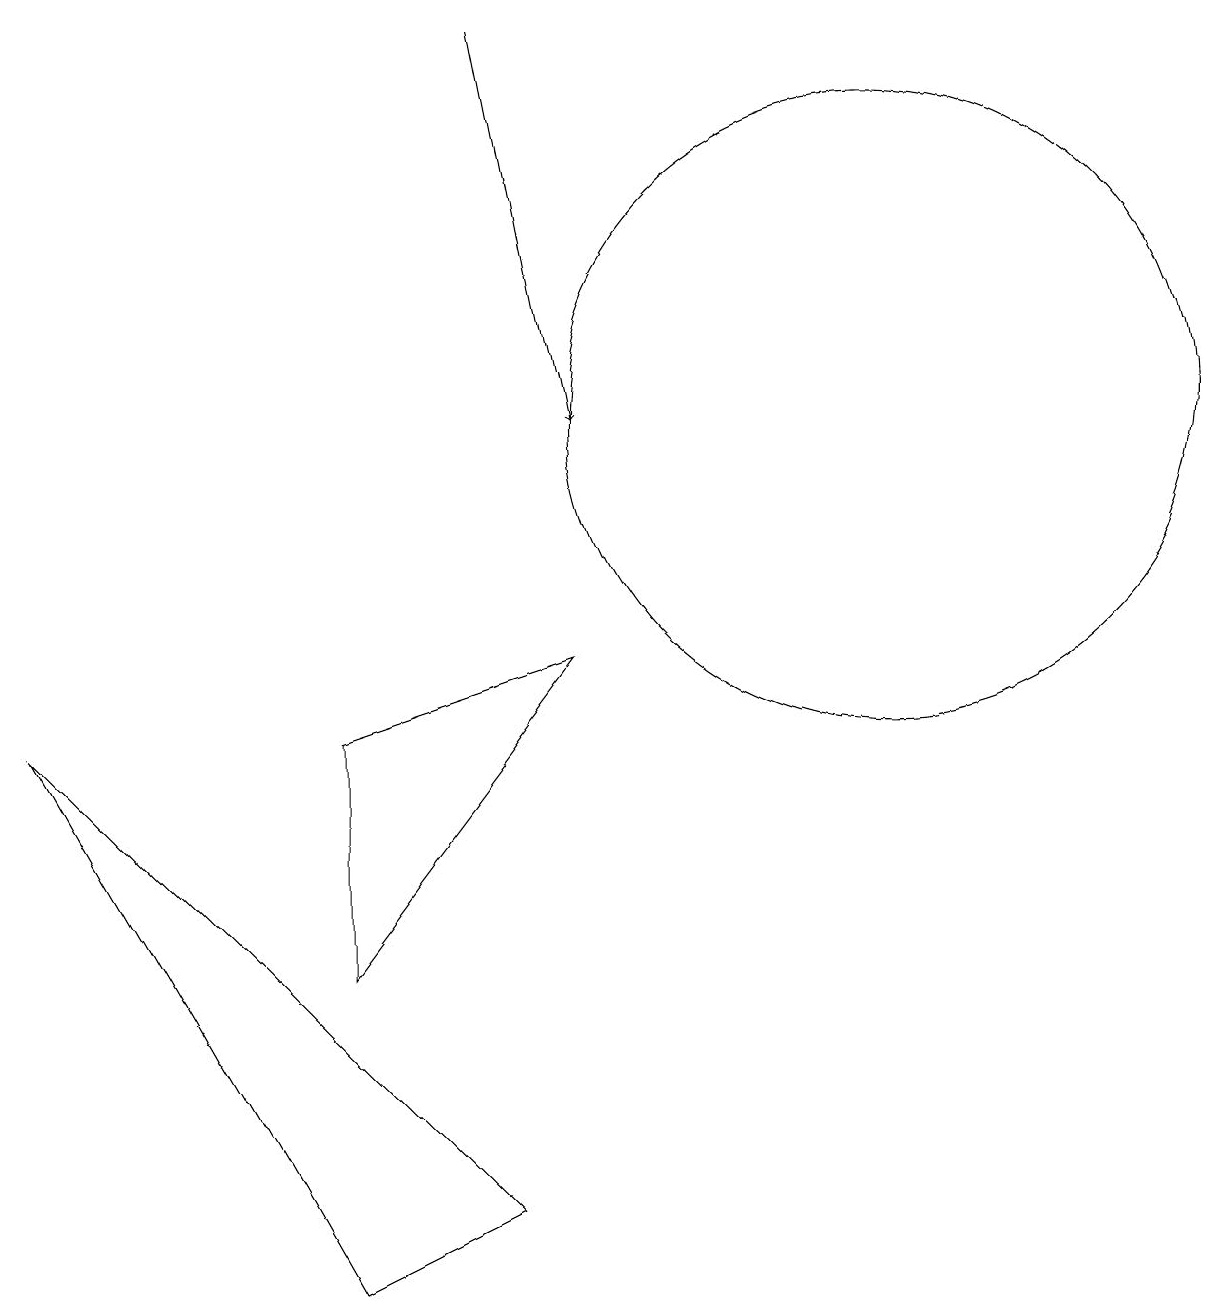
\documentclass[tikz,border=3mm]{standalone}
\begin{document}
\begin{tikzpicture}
\draw (12,12) circle (0);
\draw (6,1) -- (4,0) -- (0,7) -- cycle;
\draw (11,11) circle (4);
\draw[->] (6,16) -- (7,11);
\draw (4,4) -- (4,7) -- (7,8) -- cycle;
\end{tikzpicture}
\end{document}